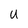
Character: U